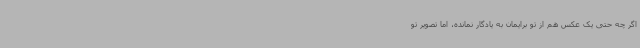
اگر چه حتی یک عکس هم از تو برایمان به یادگار نمانده، اما تصویر تو